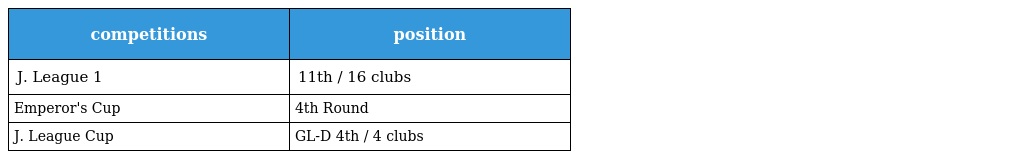
| competitions | position |
 | --- | --- |
 | J. League 1 | 11th / 16 clubs |
 | Emperor's Cup | 4th Round |
 | J. League Cup | GL-D 4th / 4 clubs |